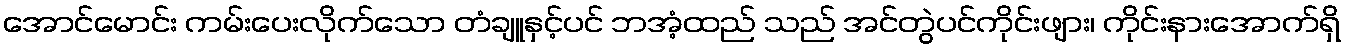
အောင်မောင်း ကမ်းပေးလိုက်သော တံချူနှင့်ပင် ဘအံ့ထည် သည် အင်တွဲပင်ကိုင်းဖျား၊ ကိုင်းနားအောက်ရှိ